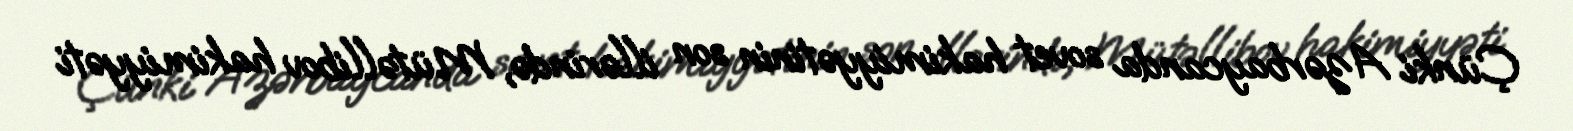
Çünki Azərbaycanda sovet hakimiyyətinin son illərində, Mütəllibov hakimiyyəti